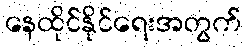
နေထိုင်နိုင်ရေးအတွက်